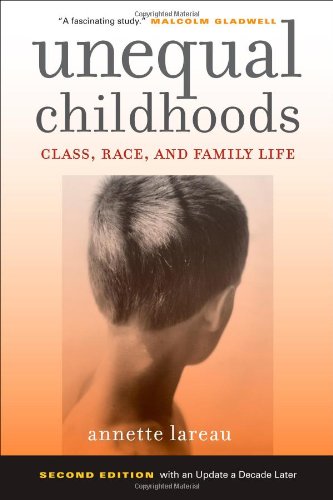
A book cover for Unequal Childhoods: Class, Race, and Family Life, 2nd Edition with an Update a Decade Later; Annette Lareau; History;